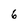
Character: 6